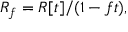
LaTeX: R _ { f } = R [ t ] / ( 1 - f t ) ,